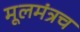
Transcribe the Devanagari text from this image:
मूलमंत्रच